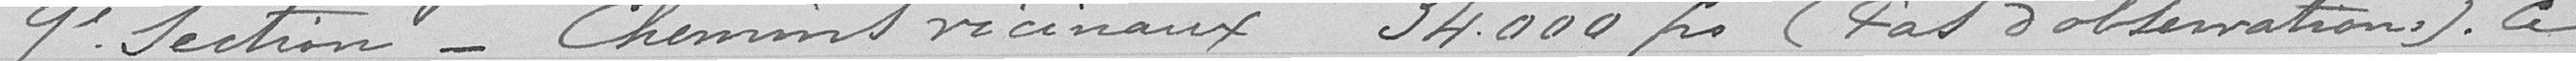
9 Section _ Chemins vicinaux  34000 frs (pas d'observations) . Ce